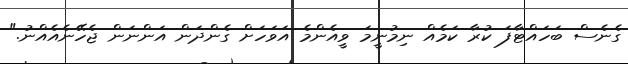
ގެނެސް ބަހައްޓާފަ ކުރާ ކަމެއް ނިމުނީމަ ވީއެންމެ އަވަހަށް ގެންދަން އަންނަން ޖެހޭނެއެއްނު."